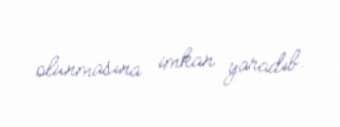
olunmasına imkan yaradıb.